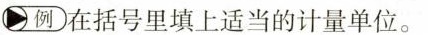
例 在括号里填上适当的计量单位。